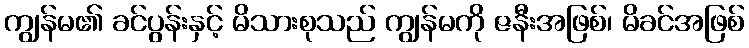
ကျွန်မ၏ ခင်ပွန်းနှင့် မိသားစုသည် ကျွန်မကို ဇနီးအဖြစ်၊ မိခင်အဖြစ်